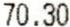
70.30